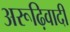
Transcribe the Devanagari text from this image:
अरूढ़िवादी